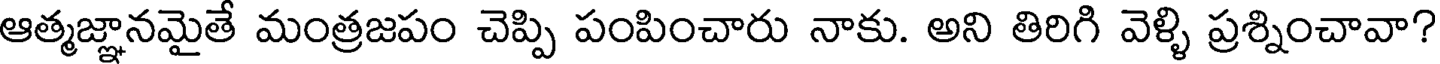
ఆత్మజ్ఞానమైతే మంత్రజపం చెప్పి పంపించారు నాకు. అని తిరిగి వెళ్ళి ప్రశ్నించావా?